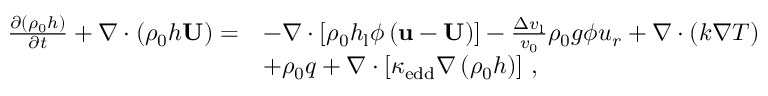
\begin{array} { r l } { \frac { \partial \left( \rho _ { \mathrm { 0 } } h \right) } { \partial t } + \nabla \cdot \left( \rho _ { \mathrm { 0 } } h \mathbf { U } \right) = } & { - \nabla \cdot \left[ \rho _ { \mathrm { 0 } } h _ { \mathrm { l } } \phi \left( \mathbf { u } - \mathbf { U } \right) \right] - \frac { \Delta v _ { \mathrm { l } } } { v _ { \mathrm { 0 } } } \rho _ { \mathrm { 0 } } { g } \phi { u _ { r } } + \nabla \cdot \left( k \nabla T \right) } \\ & { + \rho _ { \mathrm { 0 } } q + \nabla \cdot \left[ \kappa _ { \mathrm { e d d } } \nabla \left( \rho _ { \mathrm { 0 } } h \right) \right] \, , } \end{array}